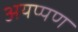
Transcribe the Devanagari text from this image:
अयप्पण